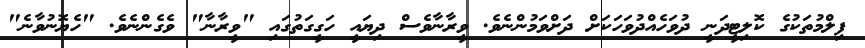
ފިލްމުތަކުގެ ކޮލިޓީދަނީ ދުވަހެއްދުވަހަކަށް ދަށްވަމުންނެވެ. ވީރާނާވެސް ދިޔައީ ހަގީގަތުގައި "ވީރާނާ" ވެގެންނެވެ. "ހެޔޮނުވާނެ"